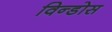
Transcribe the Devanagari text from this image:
विन्डोस